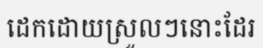
ដេកដោយស្រួលៗនោះដែរ